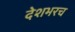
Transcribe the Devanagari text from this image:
देशभरच